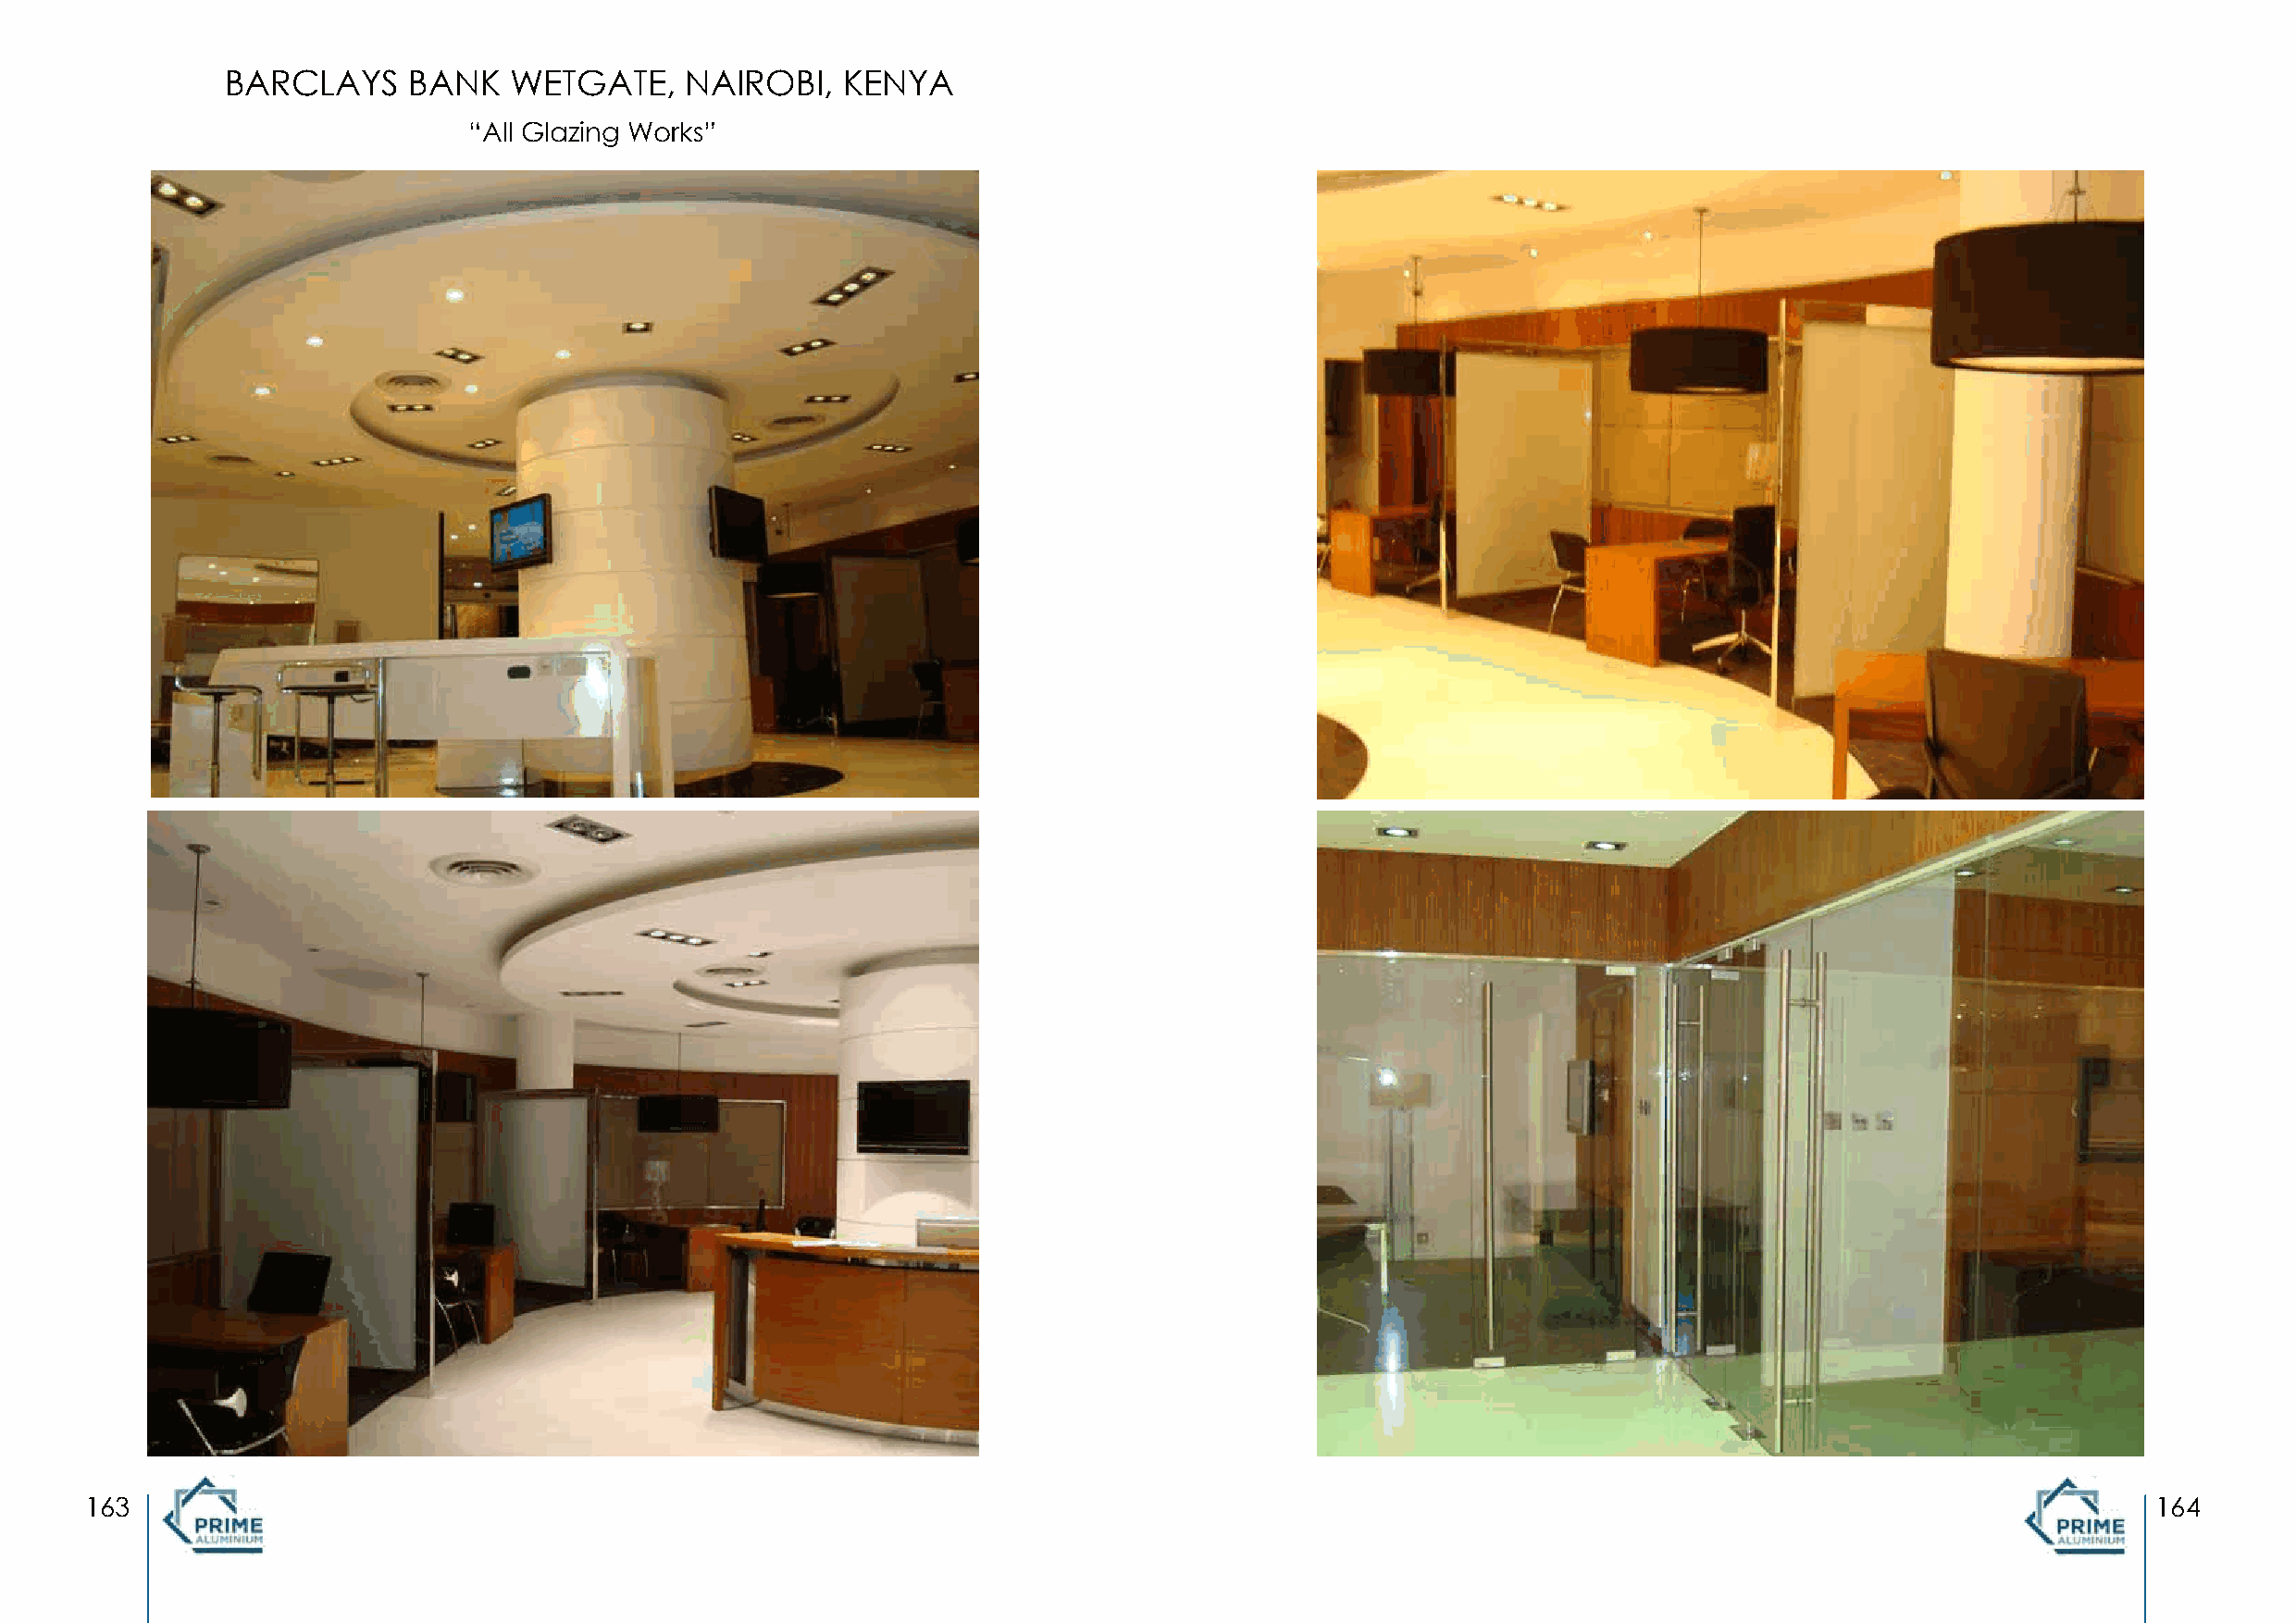
BARCLAYS     BANK   WETGATE,     NAIROBI,   KENYA
 “All Glazing Works”
 163                                                                                                                                                 164